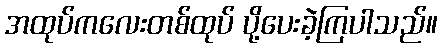
အထုပ်ကလေးတစ်ထုပ် ပို့ပေးခဲ့ကြပါသည်။